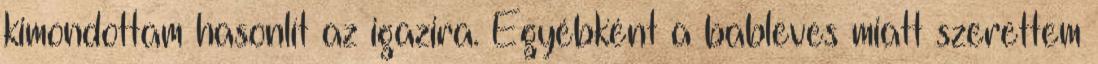
kimondottam hasonlít az igazira. Egyébként a bableves miatt szerettem